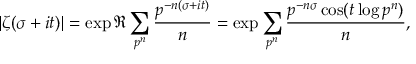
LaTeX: | \zeta ( \sigma + i t ) | = \exp \Re \sum _ { p ^ { n } } { \frac { p ^ { - n ( \sigma + i t ) } } { n } } = \exp \sum _ { p ^ { n } } { \frac { p ^ { - n \sigma } \cos ( t \log p ^ { n } ) } { n } } ,